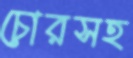
চোরসহ